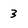
Character: 3